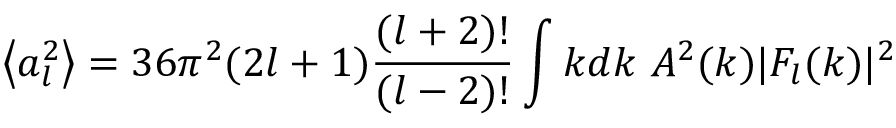
\left\langle a _ { l } ^ { 2 } \right\rangle = 3 6 \pi ^ { 2 } ( 2 l + 1 ) { \frac { ( l + 2 ) ! } { ( l - 2 ) ! } } \int k d k \ A ^ { 2 } ( k ) | F _ { l } ( k ) | ^ { 2 }